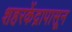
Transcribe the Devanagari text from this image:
शहरकेंद्रापासून